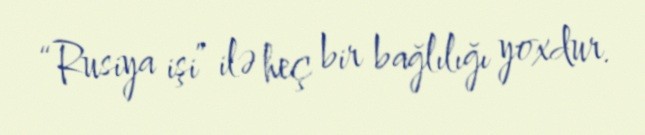
“Rusiya işi” ilə heç bir bağlılığı yoxdur.